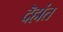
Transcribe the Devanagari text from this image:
दॆहांत